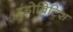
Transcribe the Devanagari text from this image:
इंडोब्रिटिश